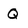
Character: Q